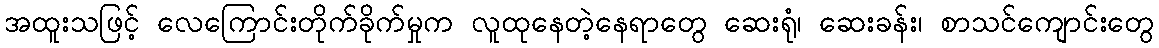
အထူးသဖြင့် လေကြောင်းတိုက်ခိုက်မှုက လူထုနေတဲ့နေရာတွေ ဆေးရုံ၊ ဆေးခန်း၊ စာသင်ကျောင်းတွေ